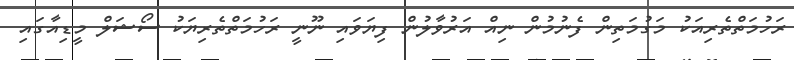
ރަހުމަތްތެރިއަކު މަގުމަތިން ފެނުމުން ނިއް އަރުވާލުން ފިޔަވައި ނޫނީ ރަހުމަތްތެރިޔަކު ސޯޝަލް މީޑިއާގައި